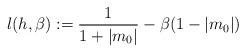
LaTeX: \begin{align*}l(h,\beta) := \frac{1}{1 + |m_0|} -\beta(1 - |m_0|)\end{align*}